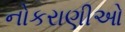
નોકરાણીઓ